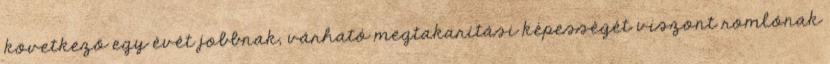
következő egy évét jobbnak, várható megtakarítási képességét viszont romlónak